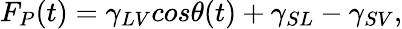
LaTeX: \begin{array}{r}{F_{P}(t)=\gamma_{LV}cos\theta(t)+\gamma_{SL}-\gamma_{SV},}\end{array}